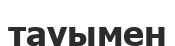
тауымен